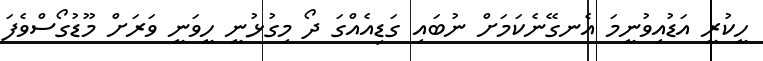
ހީކުރީ އަޑުއިވުނީމަ އެނގޭނެކަމަށް ނުބައި ގަޑިއެއްގަ ދޯ މިގުޅުނީ ހީވަނީ ވަރަށް މޫޑުގޯސްވެފަ